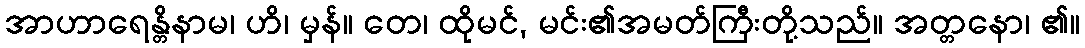
အာဟာရေန္တိနာမ၊ ဟိ၊ မှန်။ တေ၊ ထိုမင်, မင်း၏အမတ်ကြီးတို့သည်။ အတ္တနော၊ ၏။